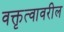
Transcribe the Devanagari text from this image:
वक्तृत्वावरील